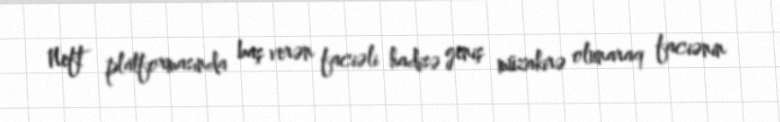
Neft platformasında baş verən faciəli hadisə geniş müzakirə olunaraq faciənin